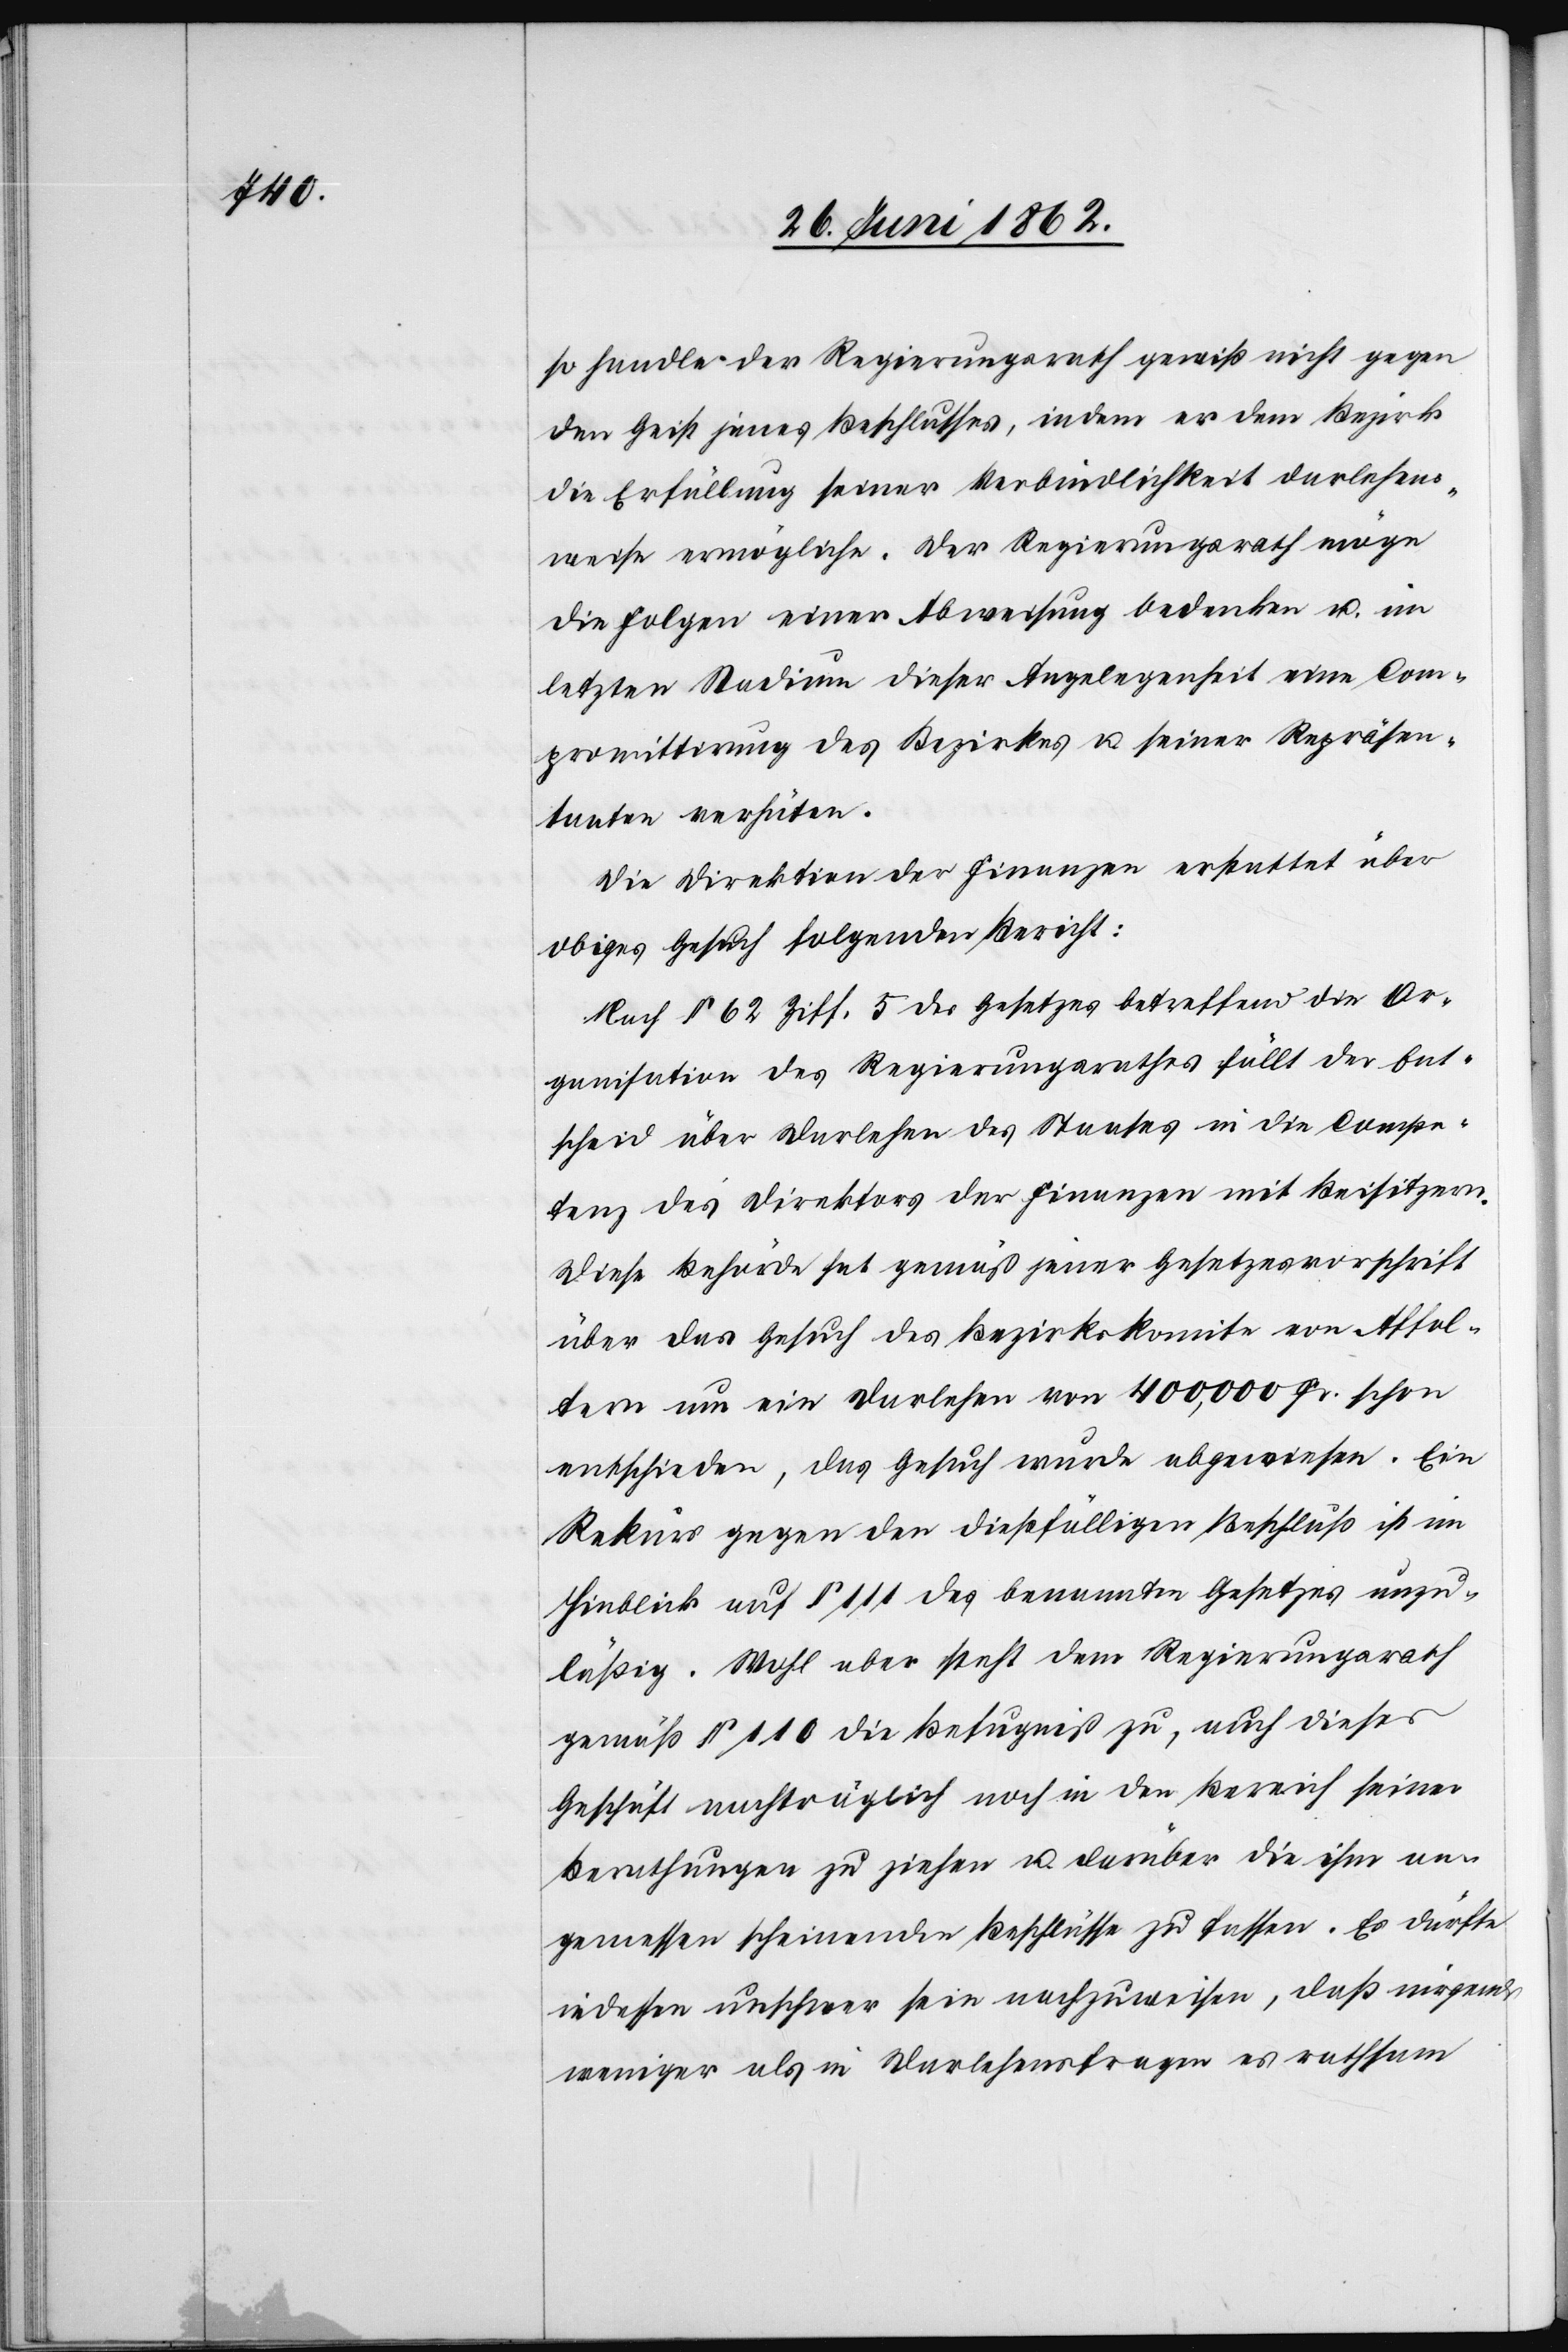
so handle der Regierungsrath gewiß nicht gegen
den Geist jenes Beschlusses, indem er dem Bezirk
die Erfüllung seiner Verbindlichkeit darlehens¬
weise ermögliche. Der Regierungsrath möge
die Folgen einer Abweisung bedenken u. im
letzten Stadium dieser Angelegenheit eine Com¬
promittirung des Bezirkes u. seiner Repräsen¬
tanten verhüten.
Die Direktion der Finanzen erstattet über
obiges Gesuch folgenden Bericht:
Nach § 62 Ziff. 5 des Gesetzes betreffend die Or¬
ganisation des Regierungsrathes fällt der Ent¬
scheid über Darlehen des Staates in die Compe¬
tenz des Direktors der Finanzen mit Beisitzern.
Diese Behörde hat gemäß jener Gesetzesvorschrift
über das Gesuch des Bezirkskomite von Affol¬
tern um ein Darlehen von 400,000 Fr. schon
entschieden, das Gesuch wurde abgewiesen. Ein
Rekurs gegen den dießfälligen Beschluß ist im
Hinblick auf § 111 des benannten Gesetzes unzu¬
läßig. Wohl aber steht dem Regierungsrath
gemäß § 110 die Befugniß zu, auch dieses
Geschäft nachträglich noch in den Bereich seiner
Berathungen zu ziehen u. darüber die ihm an¬
gemessen scheinenden Beschlüsse zu fassen. Es dürfte
indessen unschwer sein nachzuweisen, daß nirgends
weniger als in Darlehensfragen es rathsam